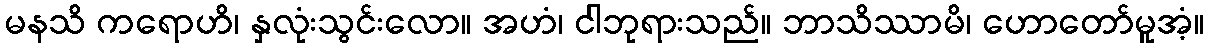
မနသိ ကရောဟိ၊ နှလုံးသွင်းလော။ အဟံ၊ ငါဘုရားသည်။ ဘာသိဿာမိ၊ ဟောတော်မူအံ့။